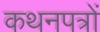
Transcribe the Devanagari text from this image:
कथनपत्रों